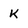
Character: k